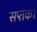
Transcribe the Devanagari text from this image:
सप्तक।